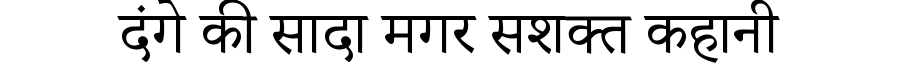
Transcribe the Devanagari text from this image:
दंगे की सादा मगर सशक्त कहानी